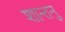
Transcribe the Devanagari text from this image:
शान्‍तनु